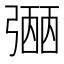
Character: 𢐡